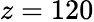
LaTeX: z=120